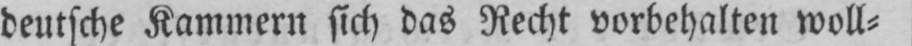
deutsche Kammern sich das Recht vorbehalten woll⸗